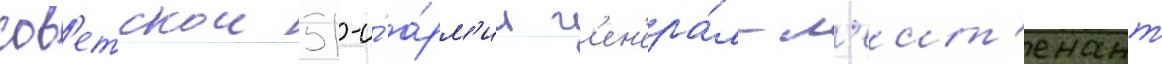
сов'етскои 51-и́ а́рм'ии г'ен'ера́л-л'еит'енант